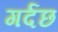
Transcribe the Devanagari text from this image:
गर्दछ